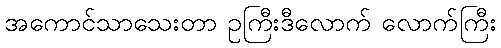
အကောင်သာသေးတာ ဥကြီးဒီလောက် လောက်ကြီး